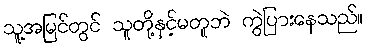
သူ့အမြင်တွင် သူတို့နှင့်မတူဘဲ ကွဲပြားနေသည်။